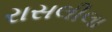
રાસલીલા